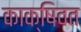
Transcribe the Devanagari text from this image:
काक्षिवत